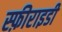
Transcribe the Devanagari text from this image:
स्फ़ीराइडी